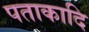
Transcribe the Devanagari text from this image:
पताकादि